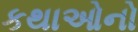
કથાઓનો